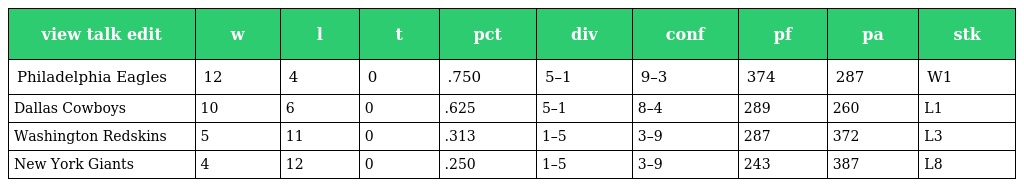
| view talk edit | w | l | t | pct | div | conf | pf | pa | stk |
 | --- | --- | --- | --- | --- | --- | --- | --- | --- | --- |
 | Philadelphia Eagles | 12 | 4 | 0 | .750 | 5–1 | 9–3 | 374 | 287 | W1 |
 | Dallas Cowboys | 10 | 6 | 0 | .625 | 5–1 | 8–4 | 289 | 260 | L1 |
 | Washington Redskins | 5 | 11 | 0 | .313 | 1–5 | 3–9 | 287 | 372 | L3 |
 | New York Giants | 4 | 12 | 0 | .250 | 1–5 | 3–9 | 243 | 387 | L8 |